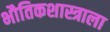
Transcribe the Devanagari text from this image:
भौतिकशास्त्राला